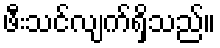
ဖီးသင်လျက်ရှိသည်။